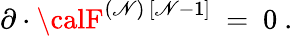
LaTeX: \partial\cdot{\calF}^{(\mathscr{N})\, [\mathscr{N}-1]}\ =\ 0\ .